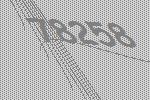
78258